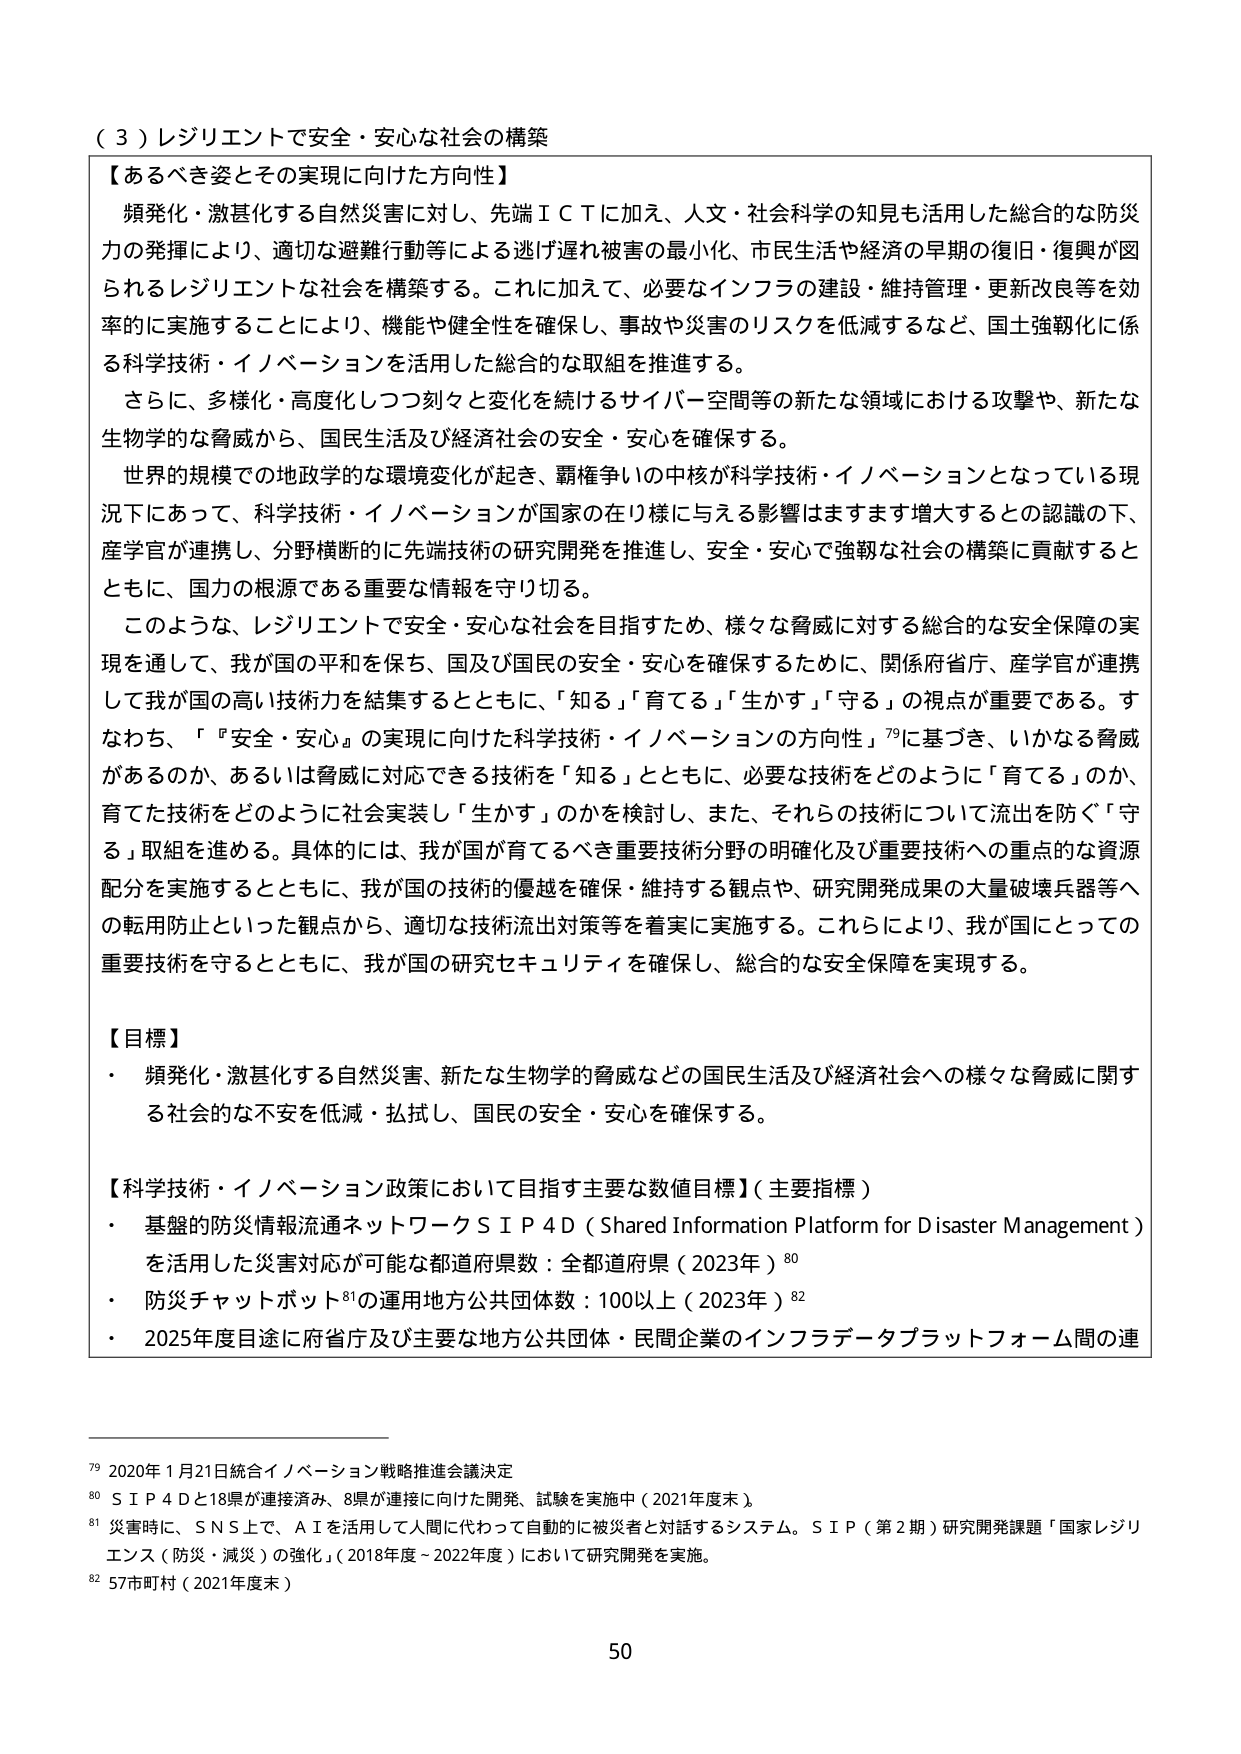
（３）レジリエントで安全・安心な社会の構築

【あるべき姿とその実現に向けた方向性】
頻発化・激甚化する自然災害に対し、先端ＩＣＴに加え、人文・社会科学の知見も活用した総合的な防災力の発揮により、適切な避難行動等による逃げ遅れ被害の最小化、市民生活や経済の早期の復旧・復興が図られるレジリエントな社会を構築する。これに加えて、必要なインフラの建設・維持管理・更新改良等を効率的に実施することにより、機能や健全性を確保し、事故や災害のリスクを低減するなど、国土強靭化に係る科学技術・イノベーションを活用した総合的な取組を推進する。
さらに、多様化・高度化しつつ刻々と変化を続けるサイバー空間等の新たな領域における攻撃や、新たな生物学的な脅威から、国民生活及び経済社会の安全・安心を確保する。
世界的規模での地政学的な環境変化が起き、覇権争いの中核が科学技術・イノベーションとなっている現況下にあって、科学技術・イノベーションが国家の在り様に与える影響はますます増大するととの認識の下、産学官が連携し、分野横断的に先端技術の研究開発を推進し、安全・安心で強靭な社会の構築に貢献するとともに、国力の根源である重要な情報を守り切る。
このような、レジリエントで安全・安心な社会を目指すため、様々な脅威に対する総合的な安全保障の実現を通して、我が国の平和を保ち、国及び国民の安全・安心を確保するために、関係府省庁、産学官が連携して我が国の高い技術力を結集するとともに、「知る」「育てる」「生かす」「守る」の視点が重要である。すなわち、「『安全・安心』の実現に向けた科学技術・イノベーションの方向性」79に基づき、いかなる脅威があるのか、あるいは脅威に対応できる技術を「知る」とともに、必要な技術をどのように「育てる」のか、育てた技術をどのように社会実装し「生かす」のかを検討し、また、それらの技術について流出を防ぐ「守る」取組を進める。具体的には、我が国が育てるべき重要技術分野の明確化及び重要技術への重点的な資源配分を実施するとともに、我が国の技術的優越を確保・維持する観点や、研究開発成果の大量破壊兵器等への転用防止といった観点から、適切な技術流出対策等を着実に実施する。これにより、我が国にとっての重要技術を守るとともに、我が国の研究セキュリティを確保し、総合的な安全保障を実現する。

【目標】
・ 頻発化・激甚化する自然災害、新たな生物学的脅威などの国民生活及び経済社会への様々な脅威に関する社会的な不安を低減・払拭し、国民の安全・安心を確保する。

【科学技術・イノベーション政策において目指す主要な数値目標】（主要指標）
・ 基盤の防災情報流通ネットワークＳＩＰ４Ｄ（Shared Information Platform for Disaster Management）を活用した災害対応が可能な都道府県数：全都道府県（2023年）80
・ 防災チャットボット81の運用地方公共団体数：100以上（2023年）82
・ 2025年度目途に府省庁及び主要な地方公共団体・民間企業のインフラデータプラットフォーム間の連

79 2020年1月21日統合イノベーション戦略推進会議決定
80 ＳＩＰ４Ｄと18県が連接済み、8県が連接に向けた開発、試験を実施中（2021年度末）。
81 災害時に、ＳＮＳ上で、ＡＩを活用して人間に代わって自動的に被災者と対話するシステム。ＳＩＰ（第2期）研究開発課題「国家レジリエンス（防災・減災）の強化」（2018年度～2022年度）において研究開発を実施。
82 57市町村（2021年度末）

50